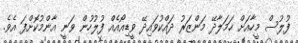
ފުލުސް މީހާއަށް ހަމަލާދޭ މަންޒަރު ދައްކުވައިދޭ ވީޑިއޯއެއް ފުލުހުން ވަނީ އާންމުކޮށްފަ އެވެ.